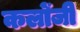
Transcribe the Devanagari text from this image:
कलोंजी